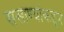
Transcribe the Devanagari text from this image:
ससाण्यांकडून